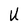
Character: U